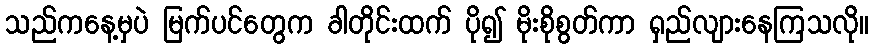
သည်ကနေ့မှပဲ မြက်ပင်တွေက ခါတိုင်းထက် ပို၍ မိုးစိုစွတ်ကာ ရှည်လျားနေကြသလို။